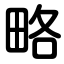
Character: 略